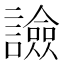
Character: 譣